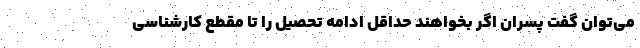
می‌توان گفت پسران اگر بخواهند حداقل ادامه تحصیل را تا مقطع کارشناسی